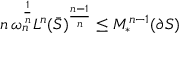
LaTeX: n \, \omega _ { n } ^ { \frac { 1 } { n } } L ^ { n } ( { \bar { S } } ) ^ { \frac { n - 1 } { n } } \leq M _ { * } ^ { n - 1 } ( \partial S )